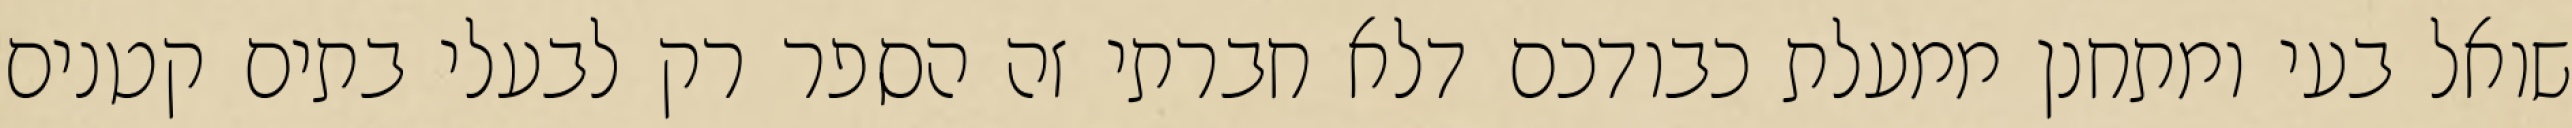
שואל בעי ומתחנן ממעלת כבודכם דלא חברתי זה הספר רק לבעלי בתים קטנים